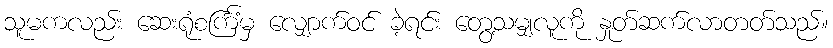
သူမကလည်း ဆေးရုံစင်္ကြံမှ လျှောက်ဝင် ခဲ့ရင်း တွေ့သမျှလူကို နှုတ်ဆက်လာတတ်သည်။